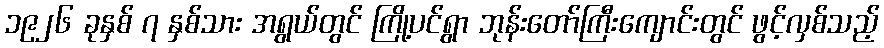
၁၉၂၆ ခုနှစ် ၇ နှစ်သား အရွယ်တွင် ကြို့ပင်ရွာ ဘုန်းတော်ကြီးကျောင်းတွင် ဖွင့်လှစ်သည့်